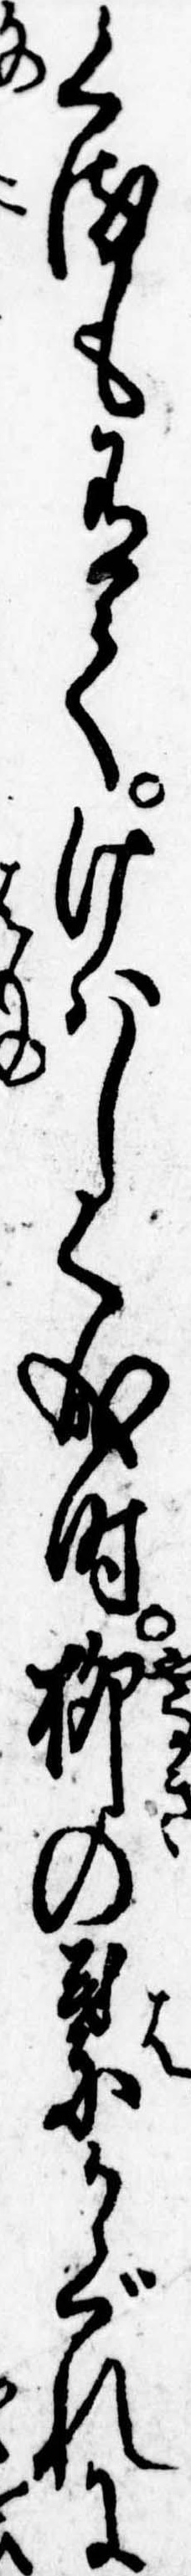
くるも有てけはしく成時柳の葉かぐれに